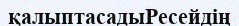
қалыптасадыРесейдің